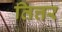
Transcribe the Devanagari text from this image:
तित्तर